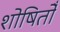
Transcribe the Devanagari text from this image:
शोषितोँ